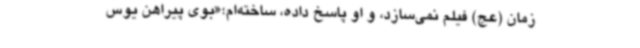
زمان (عج) فیلم نمی‌سازد، و او پاسخ داده، ساخته‌ام؛«بوی پیراهن یوس